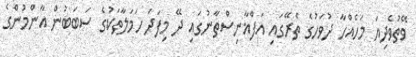
ވޭތުވެދިޔަ މަހެއްހާ ދުވަހުގެ ތެރޭގައި އަފްޣާނިސްތާނުގައި ދޭ މިފަދަ ހަމަލާތަކުގެ ސަބަބުން އާންމުންގެ